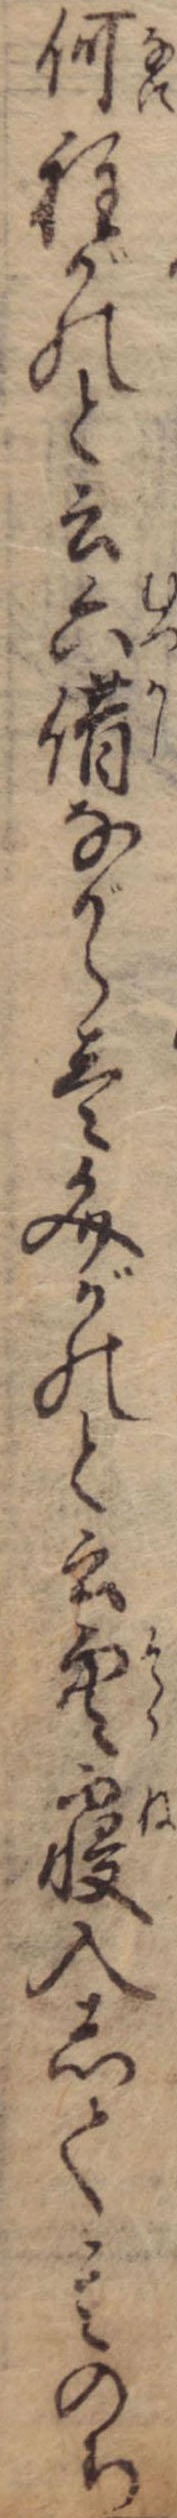
何程がのと云六借ながら壱文がのと云空寝入して其のち